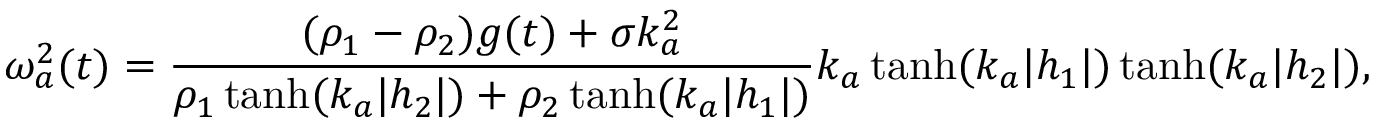
\omega _ { a } ^ { 2 } ( t ) = \frac { ( \rho _ { 1 } - \rho _ { 2 } ) g ( t ) + \sigma k _ { a } ^ { 2 } } { \rho _ { 1 } \operatorname { t a n h } ( k _ { a } | h _ { 2 } | ) + \rho _ { 2 } \operatorname { t a n h } ( k _ { a } | h _ { 1 } | ) } k _ { a } \operatorname { t a n h } ( k _ { a } | h _ { 1 } | ) \operatorname { t a n h } ( k _ { a } | h _ { 2 } | ) ,